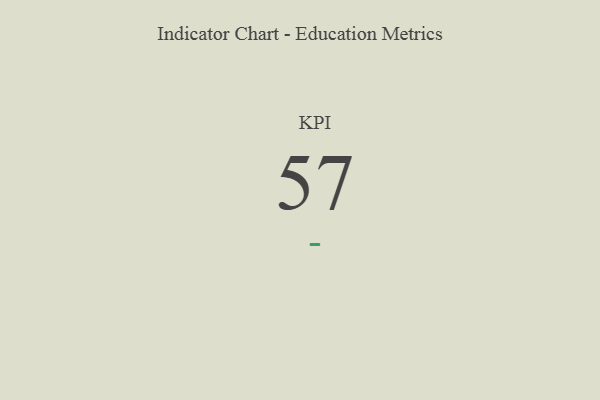
{"axis": {"x": "KPI", "y": "Value"}, "legend": [""], "data": [{"x": "KPI", "y": 57, "type": ""}]}